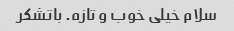
سلام خیلی خوب و تازه. باتشکر